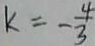
k = - \frac { 4 } { 3 }